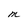
Character: m